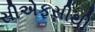
સીએફસીથી